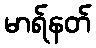
မာရ်နတ်